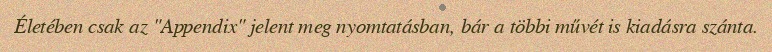
Életében csak az "Appendix" jelent meg nyomtatásban, bár a többi művét is kiadásra szánta.